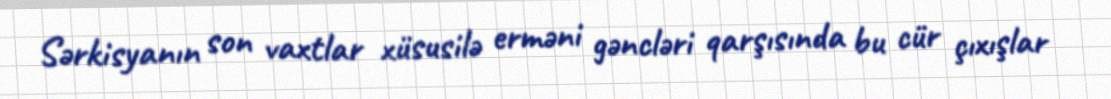
Sərkisyanın son vaxtlar xüsusilə erməni gəncləri qarşısında bu cür çıxışlar